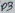
Text: D3